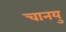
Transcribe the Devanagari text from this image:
चानयु